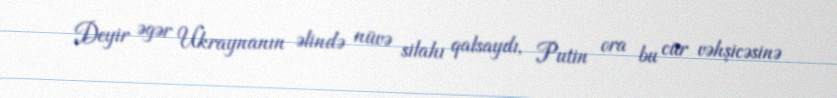
Deyir əgər Ukraynanın əlində nüvə silahı qalsaydı, Putin ora bu cür vəhşicəsinə